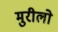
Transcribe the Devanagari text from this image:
मुरीलो